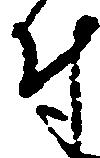
付